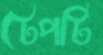
টেপটি